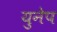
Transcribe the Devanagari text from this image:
युनेप